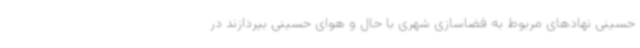
حسینی نهادهای مربوط به فضاسازی شهری با حال و هوای حسینی بپردازند در